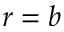
r = b